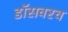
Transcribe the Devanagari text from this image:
डॉसवरच